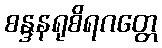
စန္ဒနရုစိရဂတ္တေ